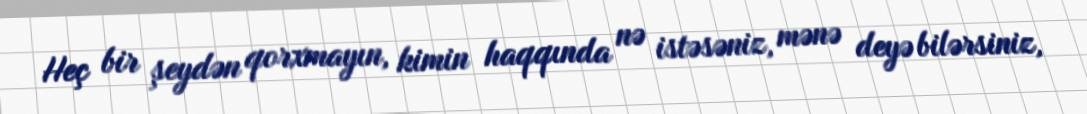
Heç bir şeydən qorxmayın, kimin haqqında nə istəsəniz, mənə deyə bilərsiniz,